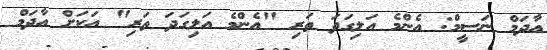
އާދަމް ނަސީމް: އެންމެ އަލިގަދަ ތަރި "އެންމެ އަލިގަދަ ތަރި" އަކަށް އާދަމް